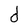
Character: d